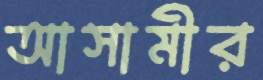
আসামীর